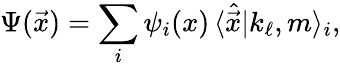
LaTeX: \Psi(\vec{x})=\sum_{i}\psi_{i}(x)\, \langle\hat{\vec{x}}|k_{\ell},m\rangle_{i},